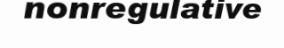
nonregulative